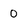
Character: 0